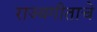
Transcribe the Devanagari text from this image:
राज्यगीताचे